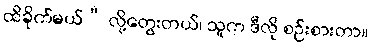
ထိခိုက်မယ်” လို့တွေးတယ်၊ သူက ဒီလို စဉ်းစားတာ။